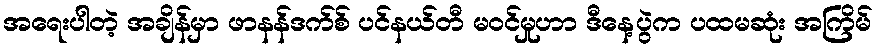
အရေးပါတဲ့ အချိန်မှာ ဖာနန်ဒက်စ် ပင်နယ်တီ မဝင်မှုဟာ ဒီနေ့ပွဲက ပထမဆုံး အကြိမ်